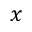
x